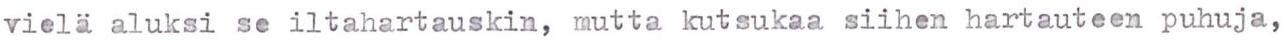
vielä aluksi se iltahartauskin, mutta kutsukaa siihen hartauteen puhuja,